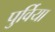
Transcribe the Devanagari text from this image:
पुर्विया